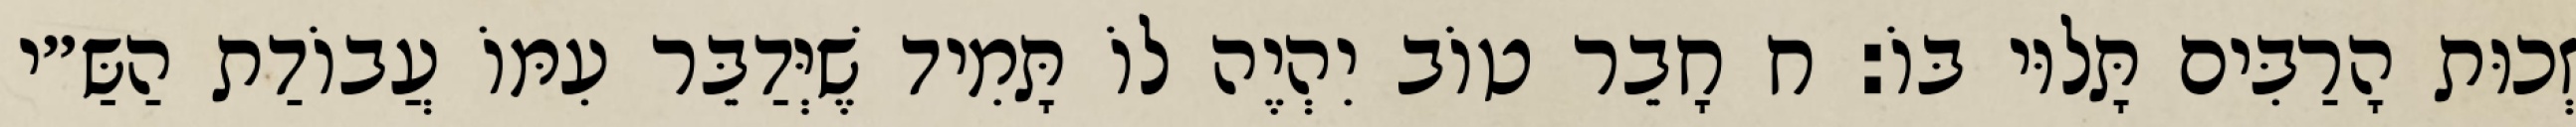
זְכוּת הָרַבִּים תָּלוּי בּוֹ: ח חָבֵר טוֹב יִהְיֶה לוֹ תָּמִיד שֶׁיְּדַבֵּר עִמּוֹ עֲבוֹדַת הַשַּ״י